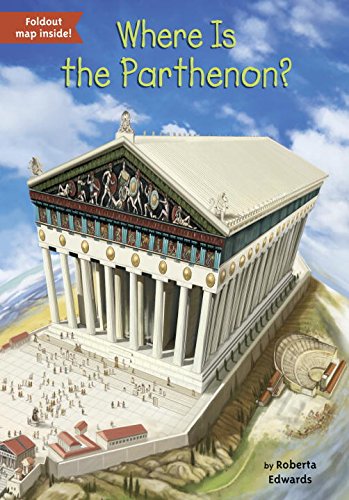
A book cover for Where Is the Parthenon?; Roberta Edwards; Children's Books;